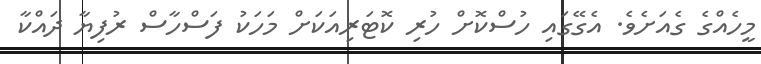
މީހެއްގެ ގެއަށެވެ. އެގޭގައި ހުސްކޮށް ހުރި ކޮޓަރިއަކަށް މަހަކު ފަސްހާސް ރުފިޔާ ދައްކާ